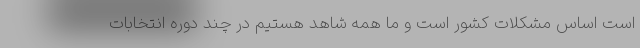
است اساس مشکلات کشور است و ما همه شاهد هستیم در چند دوره انتخابات